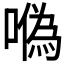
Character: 𠼮